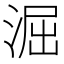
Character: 淈